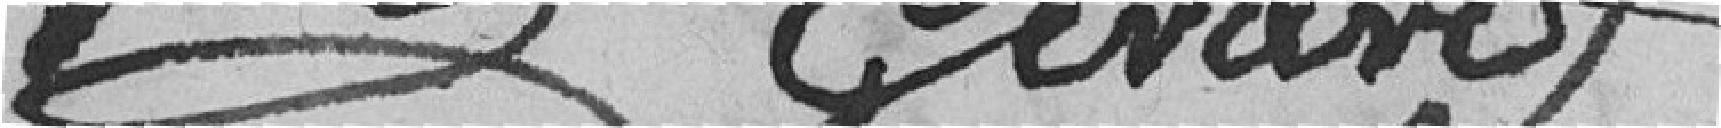
Gerard